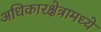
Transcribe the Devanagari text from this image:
अधिकारक्षेत्रामध्ये